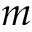
m